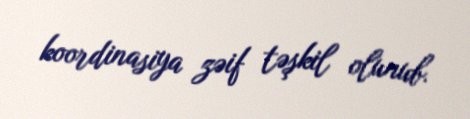
koordinasiya zəif təşkil olunub.